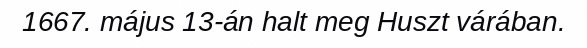
1667. május 13-án halt meg Huszt várában.